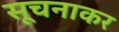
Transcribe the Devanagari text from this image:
सूचनाकर